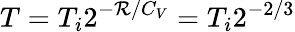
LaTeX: T=T_{i}2^{-\mathcal{R}/C_{V}}=T_{i}2^{-2/3}